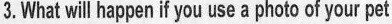
3.What willhapenif you useaphoto of your pet